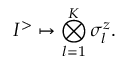
I ^ { > } \mapsto \bigotimes _ { l = 1 } ^ { K } \sigma _ { l } ^ { z } .